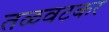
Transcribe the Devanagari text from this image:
तळवटकर